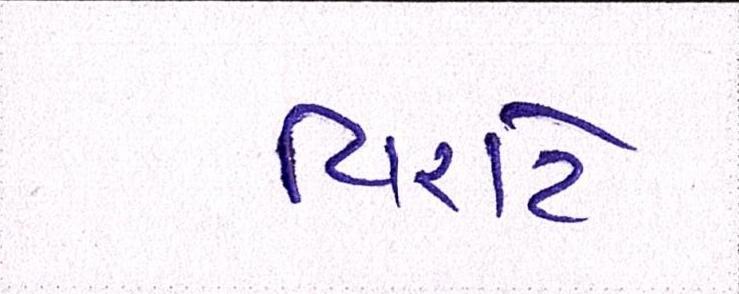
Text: વિરાટે